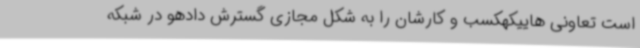
است تعاونی هاییکهکسب و کارشان را به شکل مجازی گسترش دادهو در شبکه